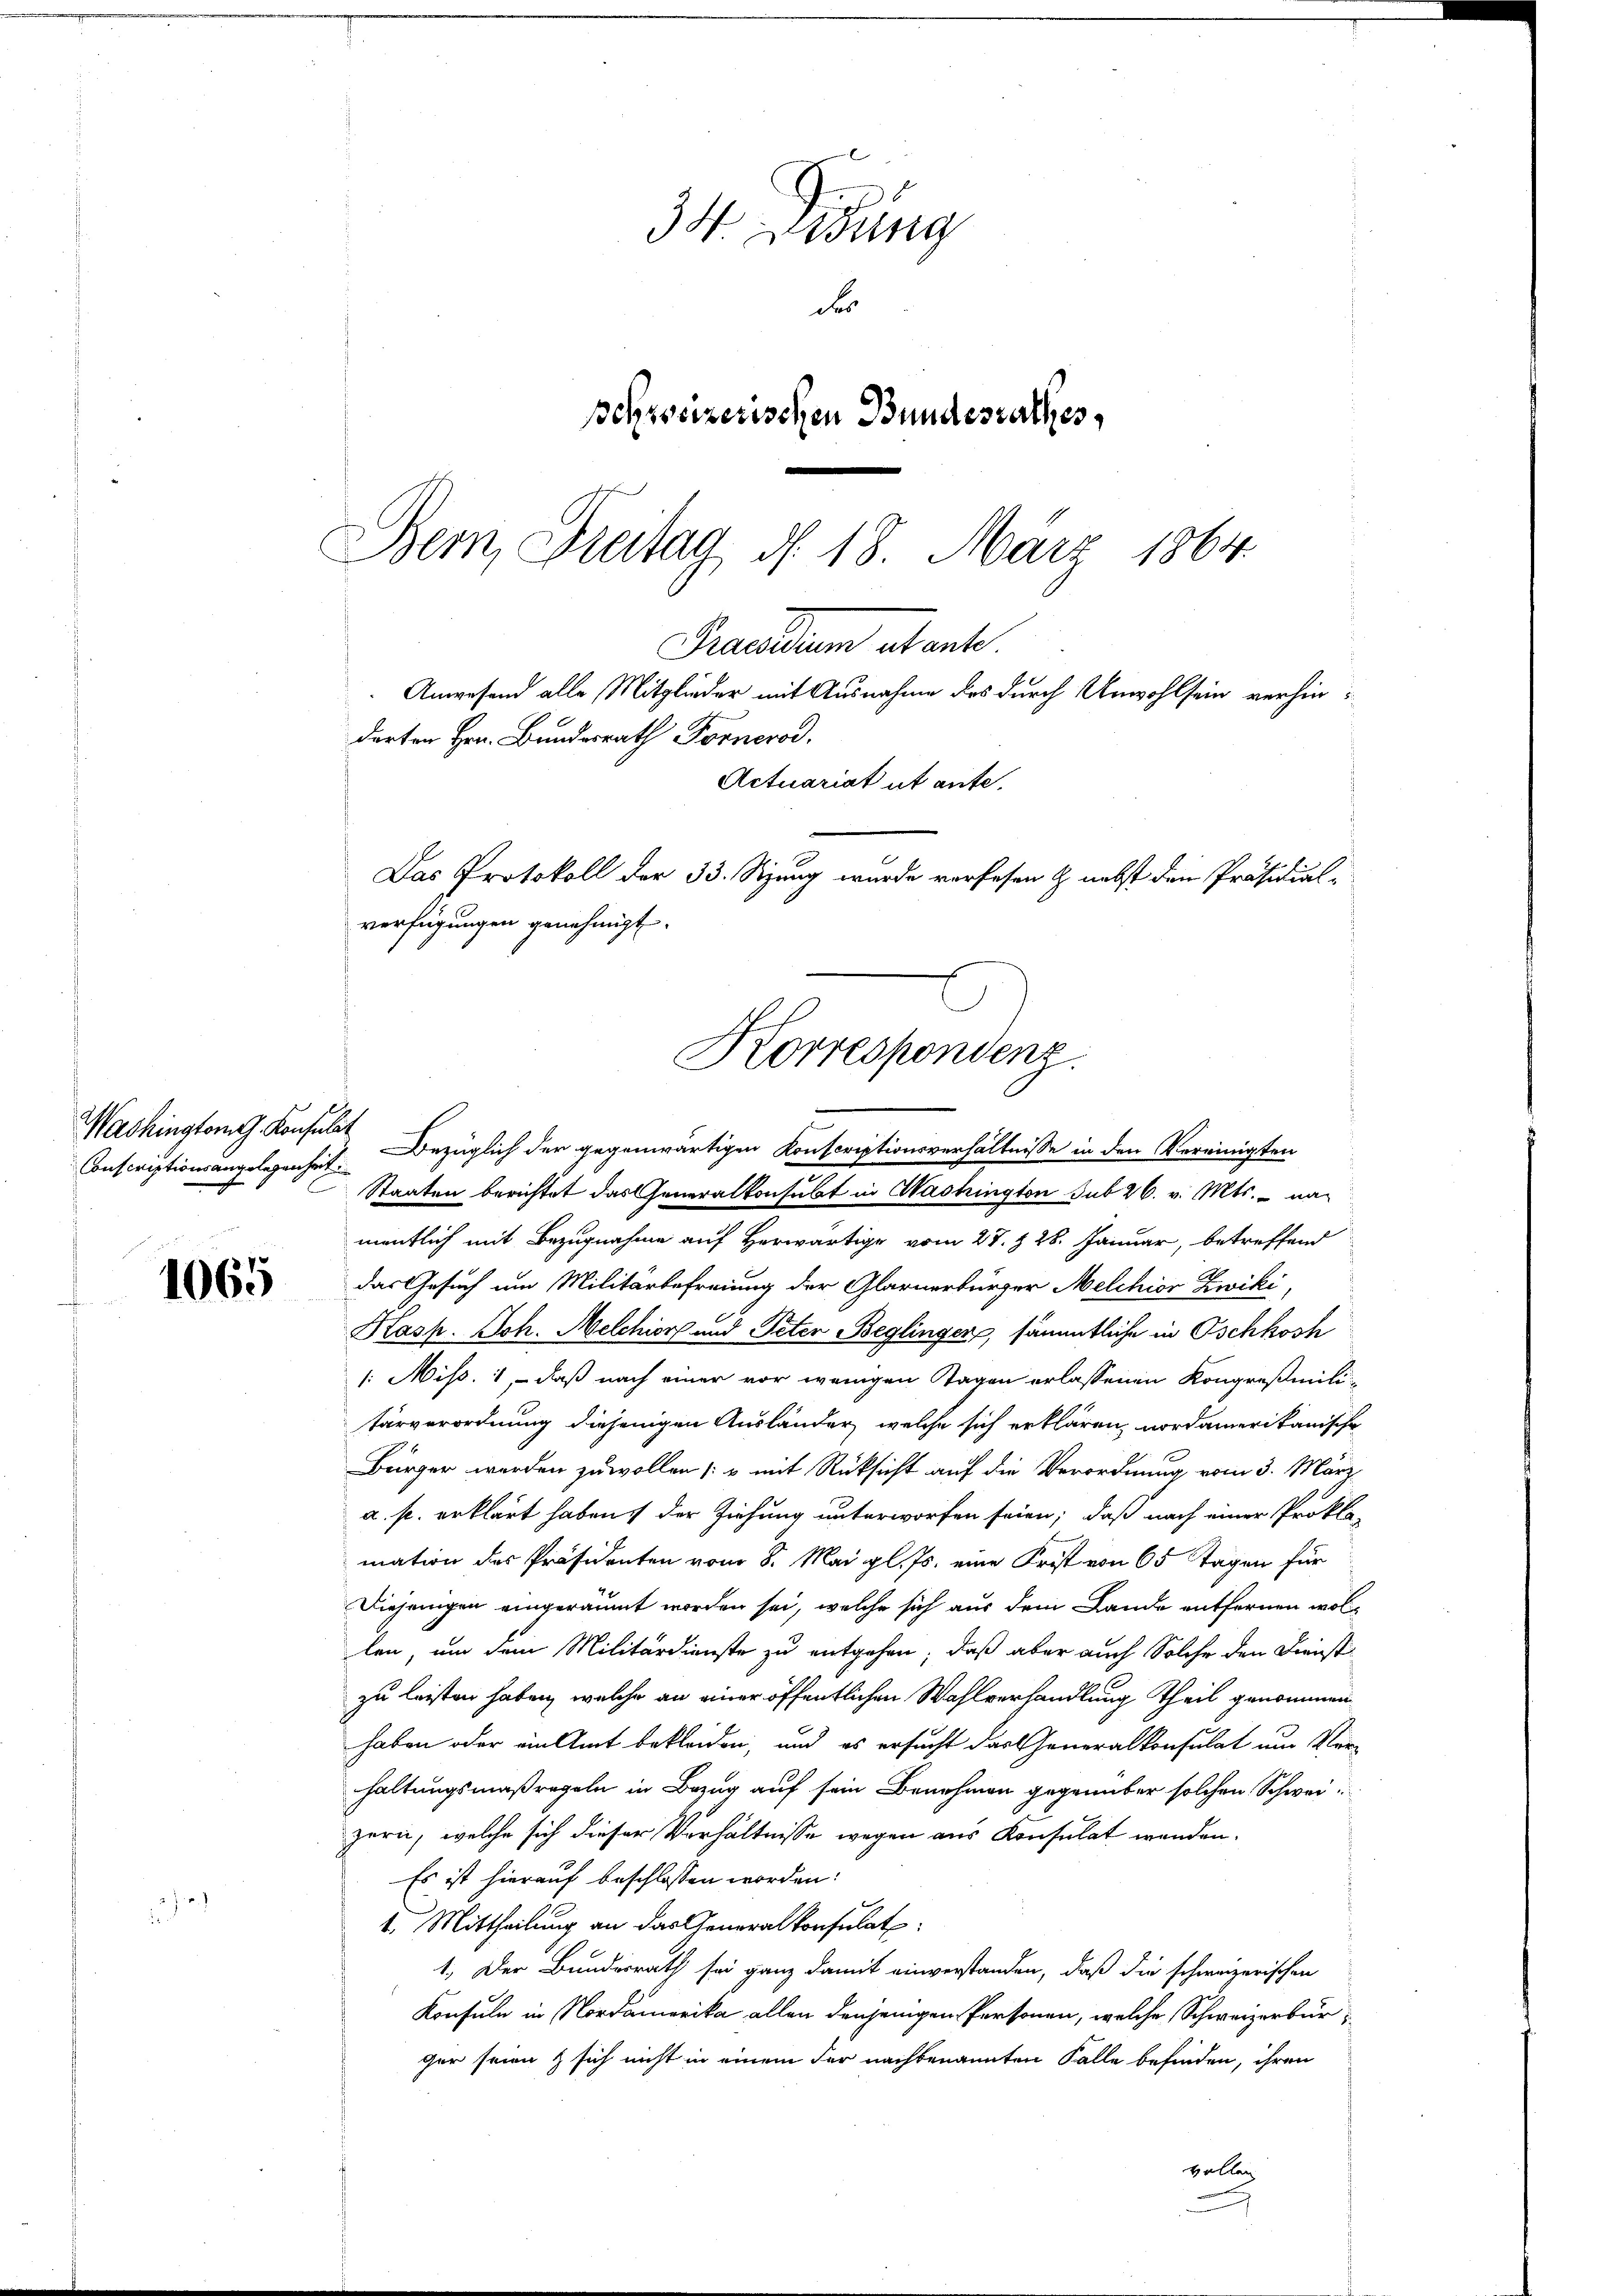
Washington Konsulat

1065

3H. Zeitung
der
schreizerischen Bundesrathes,
Bern, Breitag d. 18. März 1864.

Praesum utante.
Anwesend alle Mitglieder mit Ausnahme des durch Unwohlsein verhindarten Hrn. Bundesrath Fornerod.
Actuariat ut ante.
Das Protokoll der 33. Sizung wurde verlesen & nebst den Präsidial-
verfügungen genehmigt.
Korrespondenz.

Inscriptionsangelegenheit. Bezüglich der gegenwärtigen Konscriptionsverhältnisse in den Vereinigten
Staaten berichtet das Generalkonsubt in Washington sub 26. v. Mts. - na-
mentlich mit Bezugnahme auf Herwärtige vom 27. § 28. Januar, betreffend
das Gesuch um Militärbefreiung der Glarnerbürger Melchior Zwiki,
Kasp. Joh. Melchior und Peter Beglinger, sämmtliche in Oschkosh
1: Miss. 1, - daß nach einer vor wenigen Tagen erlassenen Kongreßmilitärverordnung diejenigen Ausländer, welche sich erklären, nordamerikanische
Bürger werden zu wollen /: mit Rücksicht auf die Verordnung vom 3. März
a. p. erklärt haben, der Ziehung unterworfen seien; daß nach einer Prokla-
mation des Präsidenten vom 8. Mai gl. Js. eine Frist von 65 Tagen für
Diejenigen eingeräumt worden sei, welche sich aus dem Lande entfernen wollen, um dem Militärdienste zu entgehen; daß aber auch Solche den Diristi
zu leisten haben, welche an einer öffentlichen Wahlverhandlung Theil genommen
haben oder ein Amt bekleiden, und es ersucht das Generalkonsulat um Verhaltungsmaßregeln in Bezug auf sein Benehmen gegenüber solchen Schweizerii, welche sich dieser Verhältnisse wegen aus Konsulat werden.
Es ist hierauf beschlossen worden:
1. Mittheilung an das Generalkonsulat
1. Der Bundesrath sei ganz damit einverstanden, daß die schweizerischen
Konsuln in Nordamerika allen denjenigen Personen, welche Schweizerbürger seien & sich nicht in einem der nachbenannten Falle befinden, ihren
vollen